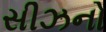
સીઝનો